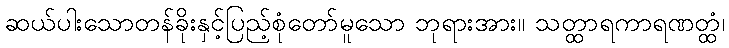
ဆယ်ပါးသောတန်ခိုးနှင့်ပြည့်စုံတော်မူသော ဘုရားအား။ သတ္ထာရကာရဏတ္ထံ၊